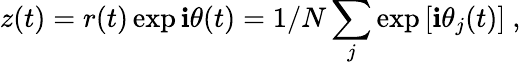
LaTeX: z(t)=r(t)\exp{\mathbf{i}\theta(t)}=1/N\sum_{j}\exp{[\mathbf{i}\theta_{j}(t)}]\ ,